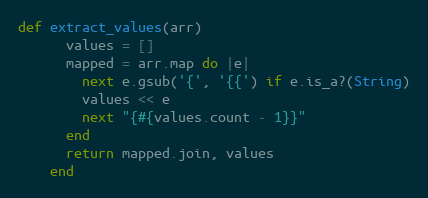
Language: Ruby
def extract_values(arr)
      values = []
      mapped = arr.map do |e|
        next e.gsub('{', '{{') if e.is_a?(String)
        values << e
        next "{#{values.count - 1}}"
      end
      return mapped.join, values
    end